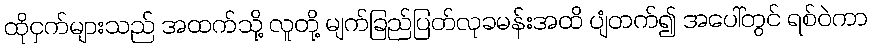
ထိုငှက်များသည် အထက်သို့ လူတို့ မျက်ခြည်ပြတ်လုခမန်းအထိ ပျံတက်၍ အပေါ်တွင် ရစ်ဝဲကာ